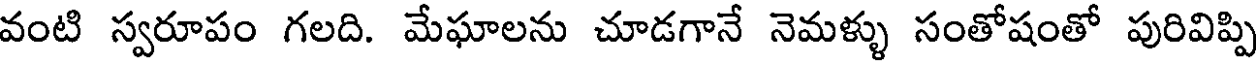
వంటి స్వరూపం గలది. మేఘాలను చూడగానే నెమళ్ళు సంతోషంతో పురివిప్పి